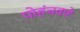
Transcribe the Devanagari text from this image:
पोहंचवणे